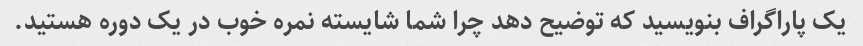
یک پاراگراف بنویسید که توضیح دهد چرا شما شایسته نمره خوب در یک دوره هستید.